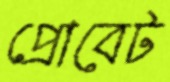
প্রোবেট